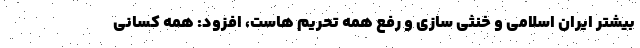
بیشتر ایران اسلامی و خنثی سازی و رفع همه تحریم هاست، افزود: همه کسانی